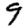
Digit: 9